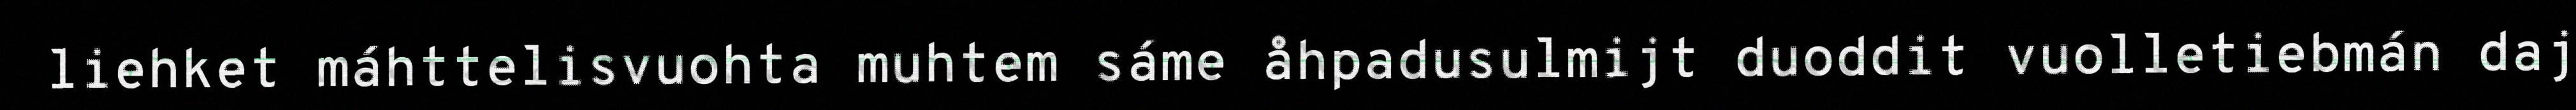
liehket máhttelisvuohta muhtem sáme åhpadusulmijt duoddit vuolletiebmán daj